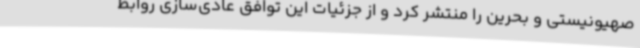
صهیونیستی و بحرین را منتشر کرد و از جزئیات این توافق عادی‌سازی روابط